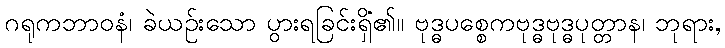
ဂရုကဘာဝနံ၊ ခဲယဉ်းသော ပွားရခြင်းရှိ၏။ ဗုဒ္ဓပစ္စေကဗုဒ္ဓဗုဒ္ဓပုတ္တာနံ၊ ဘုရား,